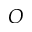
O